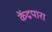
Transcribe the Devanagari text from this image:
केंद्रपारा